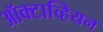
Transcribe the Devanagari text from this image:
ऑक्टाव्हियन